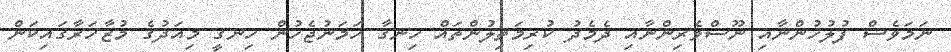
ނަމަވެސް ފުލުހުންނާއި ނޫސްވެރިންނާއި ދެމެދު ކުރިމަތިލުންތައް ހިނގާ ހަމަނުޖެހުން ހިނގީ މިއަދުގެ މުޒާހަރާގައިކަން